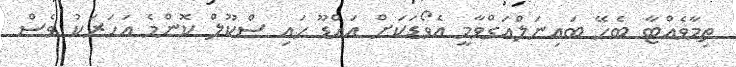
ތިމާވެއްޓާ ބެހޭ ބައިނަލްއަގްވާމީ އެވޯޑަކަށް އައްޑޫ ހައި ސްކޫލް ކޮންމެ އަހަރަކު ވެސް